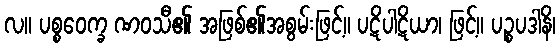
လ။ ပစ္စဝေက္ခ ဏဝသီ၏ အဖြစ်၏အစွမ်းဖြင့်။ ပဋိပါဋိယာ၊ ဖြင့်။ ပဉ္စပဒါနိ၊